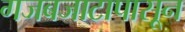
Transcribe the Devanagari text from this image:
गजबजाटापासून